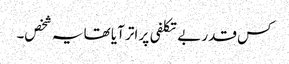
کس قدر بے تکلفی پر اتر آیا تھا یہ شخص۔